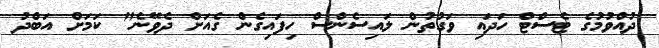
ދުއްވުމުގެ ޓެސްޓް ހަދައި ވަގުތުން ލައިސެންސް ހިފައިގެން ގެއަށް ދެވޭނެ" ކަމަށް އަބްދު